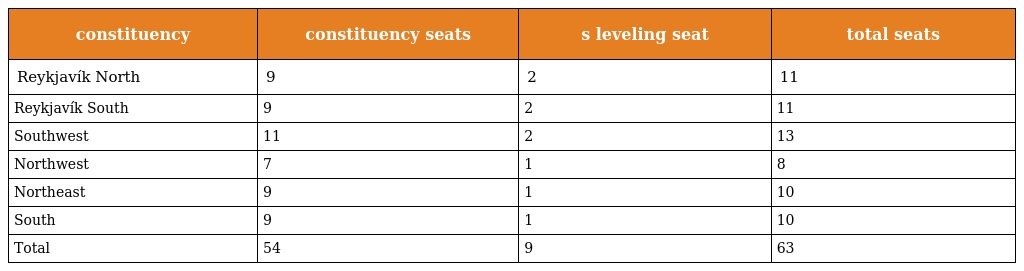
| constituency | constituency seats | s leveling seat | total seats |
 | --- | --- | --- | --- |
 | Reykjavík North | 9 | 2 | 11 |
 | Reykjavík South | 9 | 2 | 11 |
 | Southwest | 11 | 2 | 13 |
 | Northwest | 7 | 1 | 8 |
 | Northeast | 9 | 1 | 10 |
 | South | 9 | 1 | 10 |
 | Total | 54 | 9 | 63 |